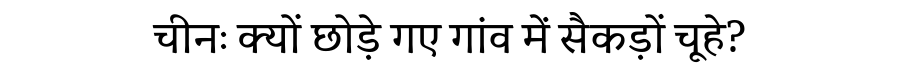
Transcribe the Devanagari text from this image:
चीनः क्यों छोड़े गए गांव में सैकड़ों चूहे?